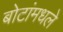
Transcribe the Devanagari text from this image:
बोटांमधले